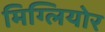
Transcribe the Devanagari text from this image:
मिग्लियोर